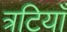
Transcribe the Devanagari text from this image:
त्रटियाँ